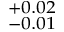
^ { + 0 . 0 2 } _ { - 0 . 0 1 }